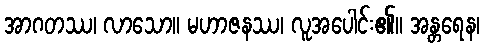
အာဂတဿ၊ လာသော။ မဟာဇနဿ၊ လူအပေါင်း၏။ အန္တရေန၊